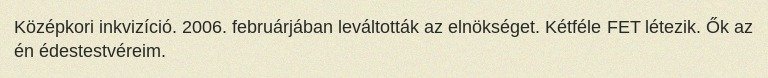
Középkori inkvizíció. 2006. februárjában leváltották az elnökséget. Kétféle FET létezik. Ők az én édestestvéreim.